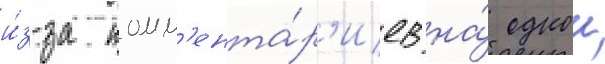
и́з-за комм'ента́р'иев на́ однои